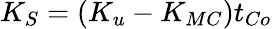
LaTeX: K_{S}=(K_{u}-K_{MC})t_{Co}